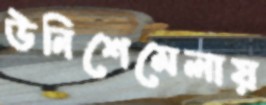
উনিশেমেলায়